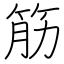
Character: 筋